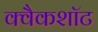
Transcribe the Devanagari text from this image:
क्वैकशॉट